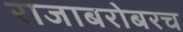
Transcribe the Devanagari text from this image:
राजाबरोबरच